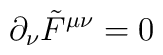
\partial_\nu\tilde{F}^{\mu\nu}=0